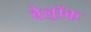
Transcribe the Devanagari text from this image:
बेल्रॉक